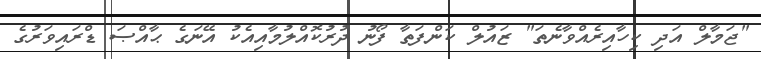
"ޖަމާލް އަދި ކިހާއިރެއްވާނެތަ" ޒައުލް ކަންފަތާ ފޯނު ދުރުކޮއްލުމާއިއެކު އޭނަގެ ޙާއްޞަ ޑްރައިވަރުގެ